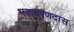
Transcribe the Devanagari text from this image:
भक्तचरणदास